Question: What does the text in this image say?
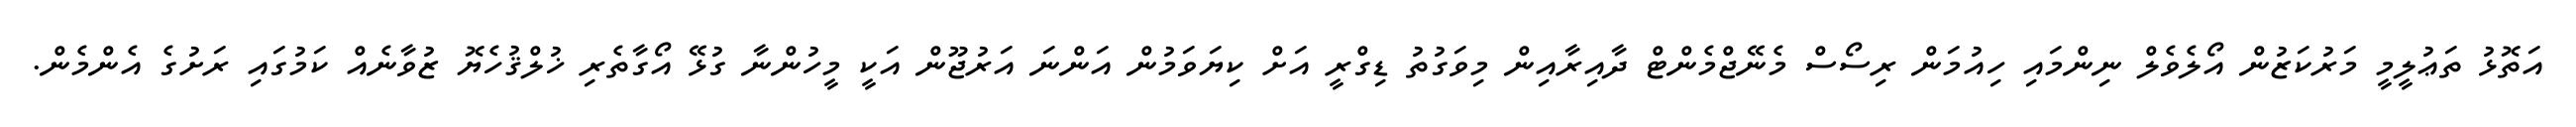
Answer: އަތޮޅު ތަޢުލީމީ މަރުކަޒުން އޯލެވެލް ނިންމައި ހިއުމަން ރިސޯސް މެނޭޖްމެންޓް ދާއިރާއިން މިވަގުތު ޑިގްރީ އަށް ކިޔަވަމުން އަންނަ އަރުޖޫން އަކީ މީހުންނާ ގުޅޭ އޯގާތެރި ޚުލްޤުހެޔޮ ޒުވާނެއް ކަމުގައި ރަށުގެ އެންމެން.